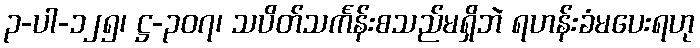
၃-ပါ-၁၂၅၊ ဋ္ဌ-၃၀၇၊ သပိတ်သင်္ကန်းစသည်မရှိဘဲ ရဟန်းခံမပေးရဟု